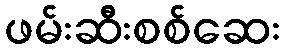
ဖမ်းဆီးစစ်ဆေး